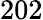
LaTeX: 202